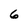
Character: 6